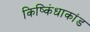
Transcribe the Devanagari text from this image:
किष्किंधाकांड